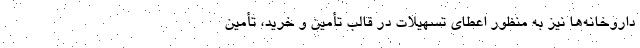
داروخانه‌ها نیز به ‌منظور اعطای تسهیلات در قالب تأمین و خرید، تأمین